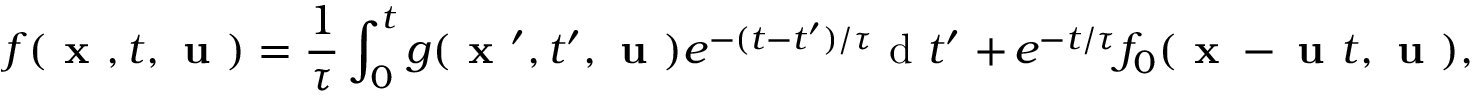
f ( \textbf { x } , t , \textbf { u } ) = \frac { 1 } { \tau } \int _ { 0 } ^ { t } g ( \textbf { x } ^ { \prime } , t ^ { \prime } , \textbf { u } ) e ^ { - ( t - t ^ { \prime } ) / \tau } \mathrm { ~ d ~ } t ^ { \prime } \, + e ^ { - t / \tau } f _ { 0 } ( \textbf { x } - \textbf { u } t , \textbf { u } ) ,